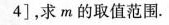
4]，求m的取值范围。